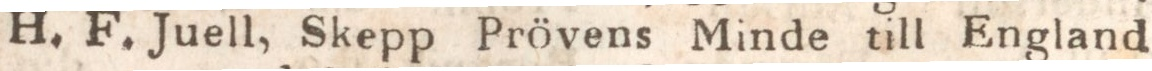
H. F. Juell, Skepp Prövens Minde till England